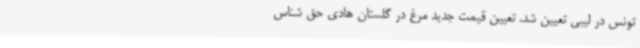
تونس در لیبی تعیین شد. تعیین قیمت جدید مرغ در گلستان هادی حق شناس